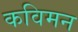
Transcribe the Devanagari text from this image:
कविमन